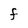
Character: F